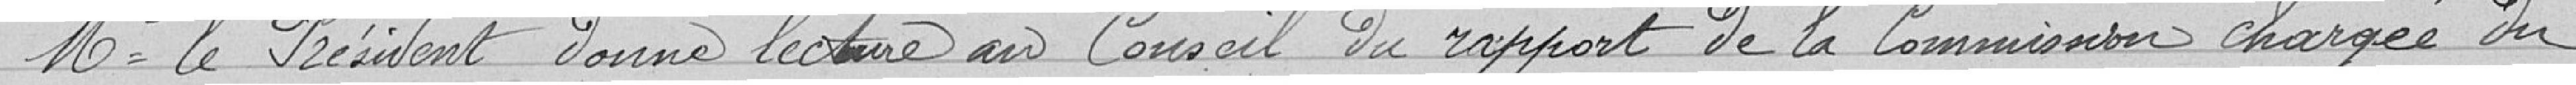
Mr le Président donne lecture au Conseil du rapport de Commission chargée du